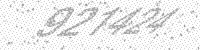
Solution: 921424